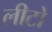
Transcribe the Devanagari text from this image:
लीटो